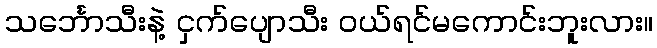
သင်္ဘောသီးနဲ့ ငှက်ပျောသီး ဝယ်ရင်မကောင်းဘူးလား။